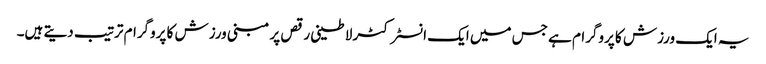
یہ ایک ورزش کا پروگرام ہے جس میں ایک انسٹرکٹر لاطینی رقص پر مبنی ورزش کا پروگرام ترتیب دیتے ہیں۔